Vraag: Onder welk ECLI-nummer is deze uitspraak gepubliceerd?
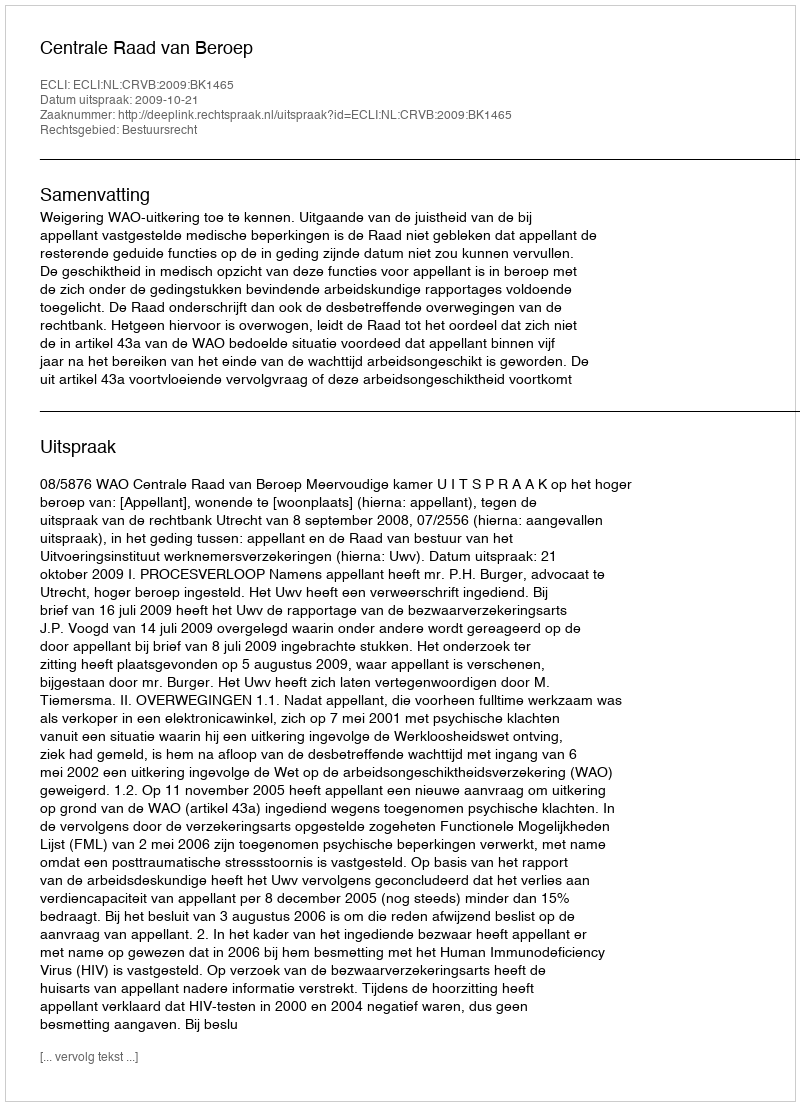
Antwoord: ECLI:NL:CRVB:2009:BK1465